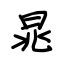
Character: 晁